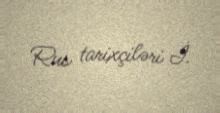
Rus tarixçiləri İ.